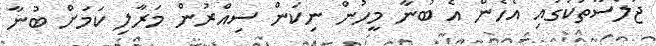
ޖަލްސާތަކުގައި އެހެން އެ ބުނާ މީހުން ނިކަން ސިއްރުން މަރާލި ކަމަށް ބުނާ